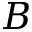
B